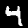
Label: 4